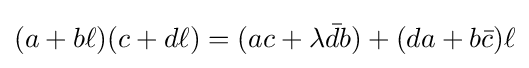
(a+b\ell )(c+d\ell )=(ac+\lambda {\bar {d}}b)+(da+b{\bar {c}})\ell